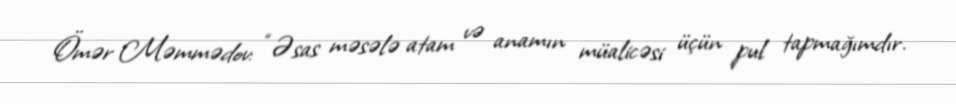
Ömər Məmmədov: “Əsas məsələ atam və anamın müalicəsi üçün pul tapmağımdır.